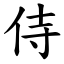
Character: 侍